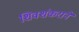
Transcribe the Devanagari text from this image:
शिवशंकराने